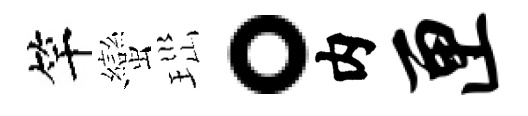
竿蠻𤤼。内匣